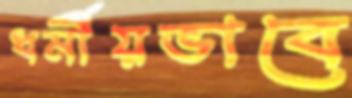
ধর্মীয়ভাবে